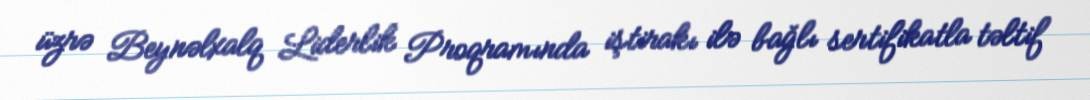
üzrə Beynəlxalq Liderlik Proqramında iştirakı ilə bağlı sertifikatla təltif